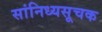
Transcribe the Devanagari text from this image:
सांनिध्यसूचक